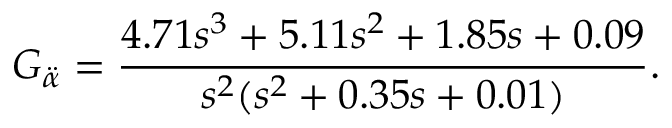
G _ { \ddot { \alpha } } = \frac { 4 . 7 1 s ^ { 3 } + 5 . 1 1 s ^ { 2 } + 1 . 8 5 s + 0 . 0 9 } { s ^ { 2 } ( s ^ { 2 } + 0 . 3 5 s + 0 . 0 1 ) } .